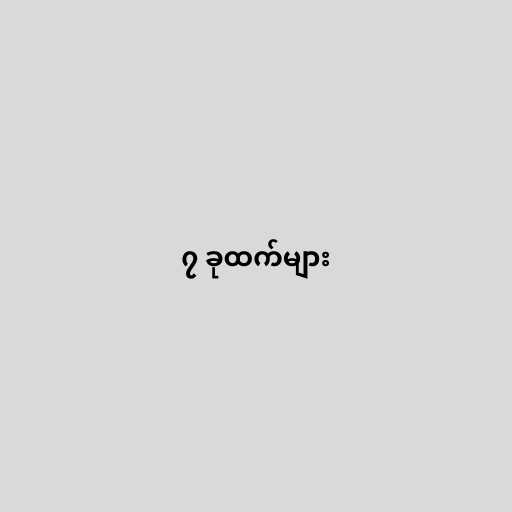
၇ ခုထက်များ